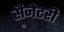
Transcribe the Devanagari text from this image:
सैनेटरी